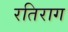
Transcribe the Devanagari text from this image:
रतिराग